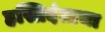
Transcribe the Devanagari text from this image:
हस्तिदंताचा